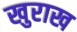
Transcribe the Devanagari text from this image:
खुराख